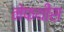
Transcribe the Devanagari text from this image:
नेफथीस